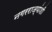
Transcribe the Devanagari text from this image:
नगरराज्यांशी